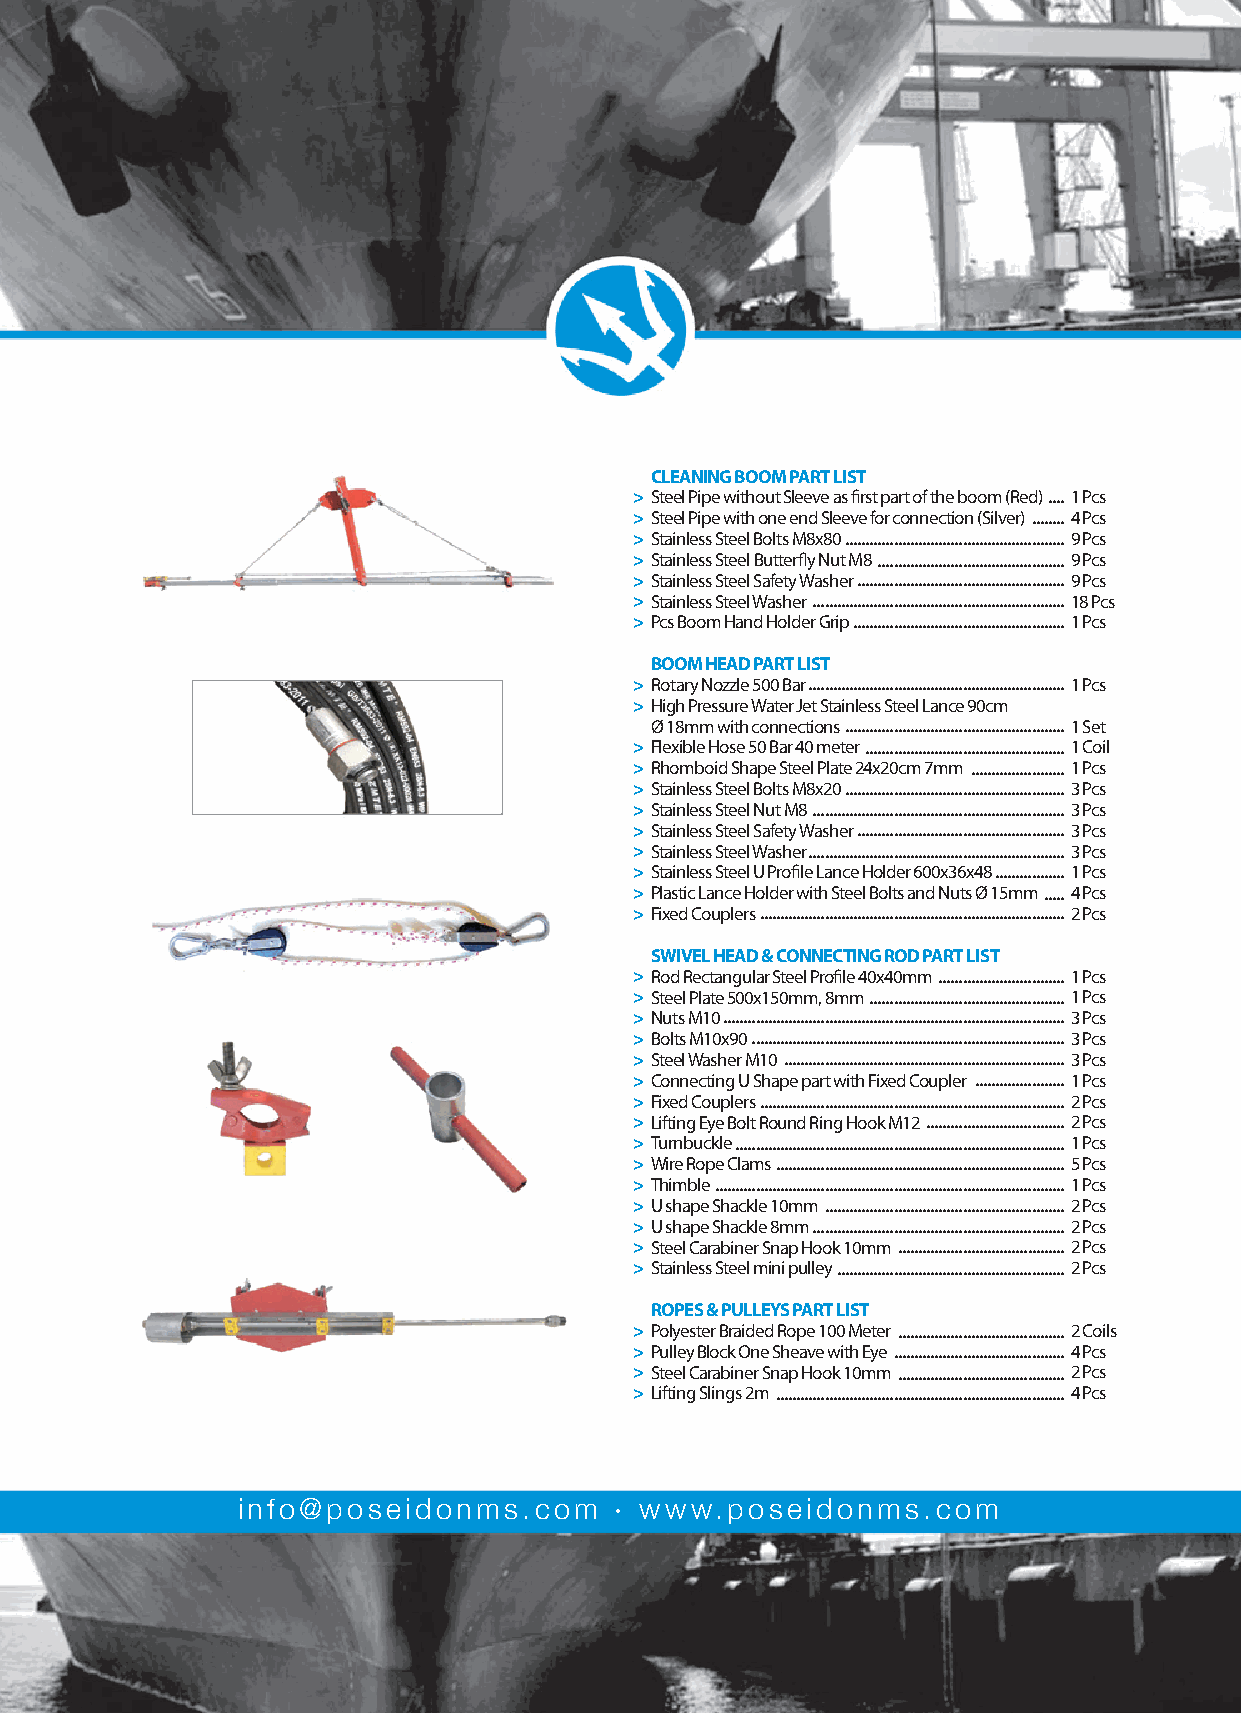
CLEANING BOOM PART LIST
 > Steel Pipe without Sleeve as first part of the boom (Red)....1 Pcs
 > Steel Pipe with one end Sleeve for connection (Silver)........4 Pcs
 > Stainless Steel Bolts M8x80......................................................9 Pcs
 > Stainless Steel Butterfly Nut M8..............................................9 Pcs
 > Stainless Steel Safety Washer ...................................................9 Pcs
 > Stainless Steel Washer ..............................................................18 Pcs
 > Pcs Boom Hand Holder Grip....................................................1 Pcs
 BOOM HEAD PART LIST
 > Rotary Nozzle 500 Bar ...............................................................1 Pcs
 > High Pressure Water Jet Stainless Steel Lance 90cm
 Ø 18mm with connections ......................................................1 Set
 > Flexible Hose 50 Bar 40 meter .................................................1 Coil
 > Rhomboid Shape Steel Plate 24x20cm 7mm .......................1 Pcs
 > Stainless Steel Bolts M8x20 ......................................................3 Pcs
 > Stainless Steel Nut M8 ..............................................................3 Pcs
 > Stainless Steel Safety Washer ...................................................3 Pcs
 > Stainless Steel Washer ...............................................................3 Pcs
 > Stainless Steel U Profile Lance Holder 600x36x48 .................1 Pcs
 > Plastic Lance Holder with Steel Bolts and Nuts Ø 15mm .....4 Pcs
 > Fixed Couplers ...........................................................................2 Pcs
 SWIVEL HEAD & CONNECTING ROD PART LIST
 > Rod Rectangular Steel Profile 40x40mm ...............................1 Pcs
 > Steel Plate 500x150mm, 8mm ................................................1 Pcs
 > Nuts M10....................................................................................3 Pcs
 > Bolts M10x90 .............................................................................3 Pcs
 > Steel Washer M10 .....................................................................3 Pcs
 > Connecting U Shape part with Fixed Coupler ......................1 Pcs
 > Fixed Couplers ...........................................................................2 Pcs
 > Lifting Eye Bolt Round Ring Hook M12 ..................................2 Pcs
 > Turnbuckle.................................................................................1 Pcs
 > Wire Rope Clams .......................................................................5 Pcs
 > Thimble ......................................................................................1 Pcs
 > U shape Shackle 10mm ...........................................................2 Pcs
 > U shape Shackle 8mm ..............................................................2 Pcs
 > Steel Carabiner Snap Hook 10mm .........................................2 Pcs
 > Stainless Steel mini pulley ........................................................2 Pcs
 ROPES & PULLEYS PART LIST
 > Polyester Braided Rope 100 Meter .........................................2 Coils
 > Pulley Block One Sheave with Eye ..........................................4 Pcs
 > Steel Carabiner Snap Hook 10mm .........................................2 Pcs
 > Lifting Slings 2m .......................................................................4 Pcs
 info@poseidonms.com       www.poseidonms.com